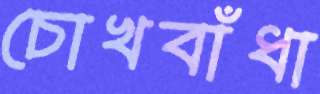
চোখবাঁধা